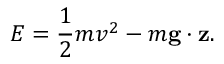
E = \frac { 1 } { 2 } m v ^ { 2 } - m \mathbf { g } \cdot \mathbf { z } .